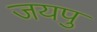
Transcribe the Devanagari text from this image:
जयपु